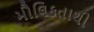
મૌલિકતાથી